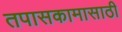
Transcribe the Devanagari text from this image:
तपासकामासाठी